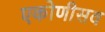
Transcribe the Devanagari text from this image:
एकोणीसव